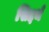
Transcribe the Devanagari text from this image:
सिद्दर्थ